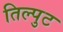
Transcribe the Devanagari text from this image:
तिल्पुट